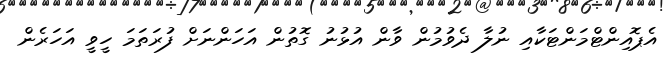
އެޕޮއިންޓްމަންޓަކާއި ނުލާ ދެވުމުން ވާން އުޅުނު ގޮތުން އަހަންނަށް ފުރަތަމަ ހީވީ އަހަރެން